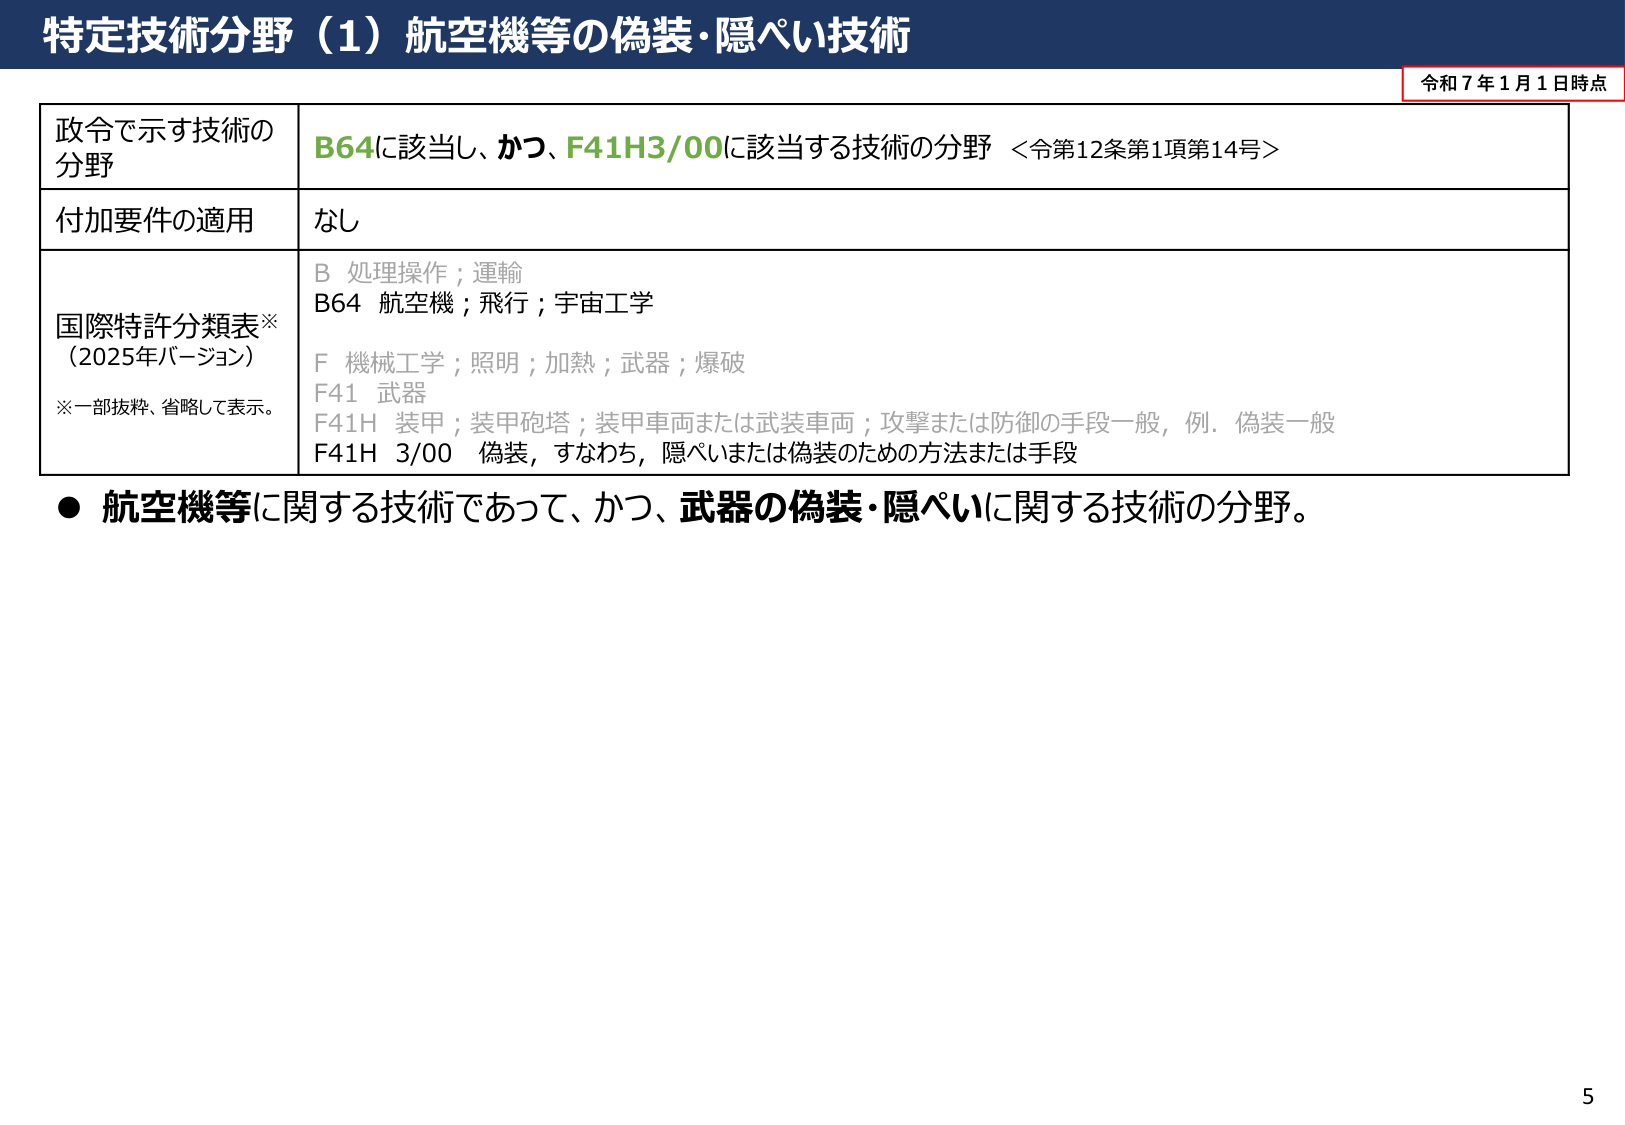
特定技術分野（1）航空機等の偽装・隠ぺい技術

令和７年１月１日時点

政令で示す技術の
分野
B64に該当し、かつ、F41H3/00に該当する技術の分野 ＜令第12条第1項第14号＞

付加要件の適用
なし

国際特許分類表※
（2025年バージョン）
※一部抜粋、省略して表示。
B 処理操作；運輸
B64 航空機；飛行；宇宙工学
F 機械工学；照明；加熱；武器；爆破
F41 武器
F41H 装甲；装甲砲塔；装甲車両または武装車両；攻撃または防御の手段一般，例．偽装一般
F41H 3/00 偽装，すなわち，隠ぺいまたは偽装のための方法または手段

● 航空機等に関する技術であって、かつ、武器の偽装・隠ぺいに関する技術の分野。

5